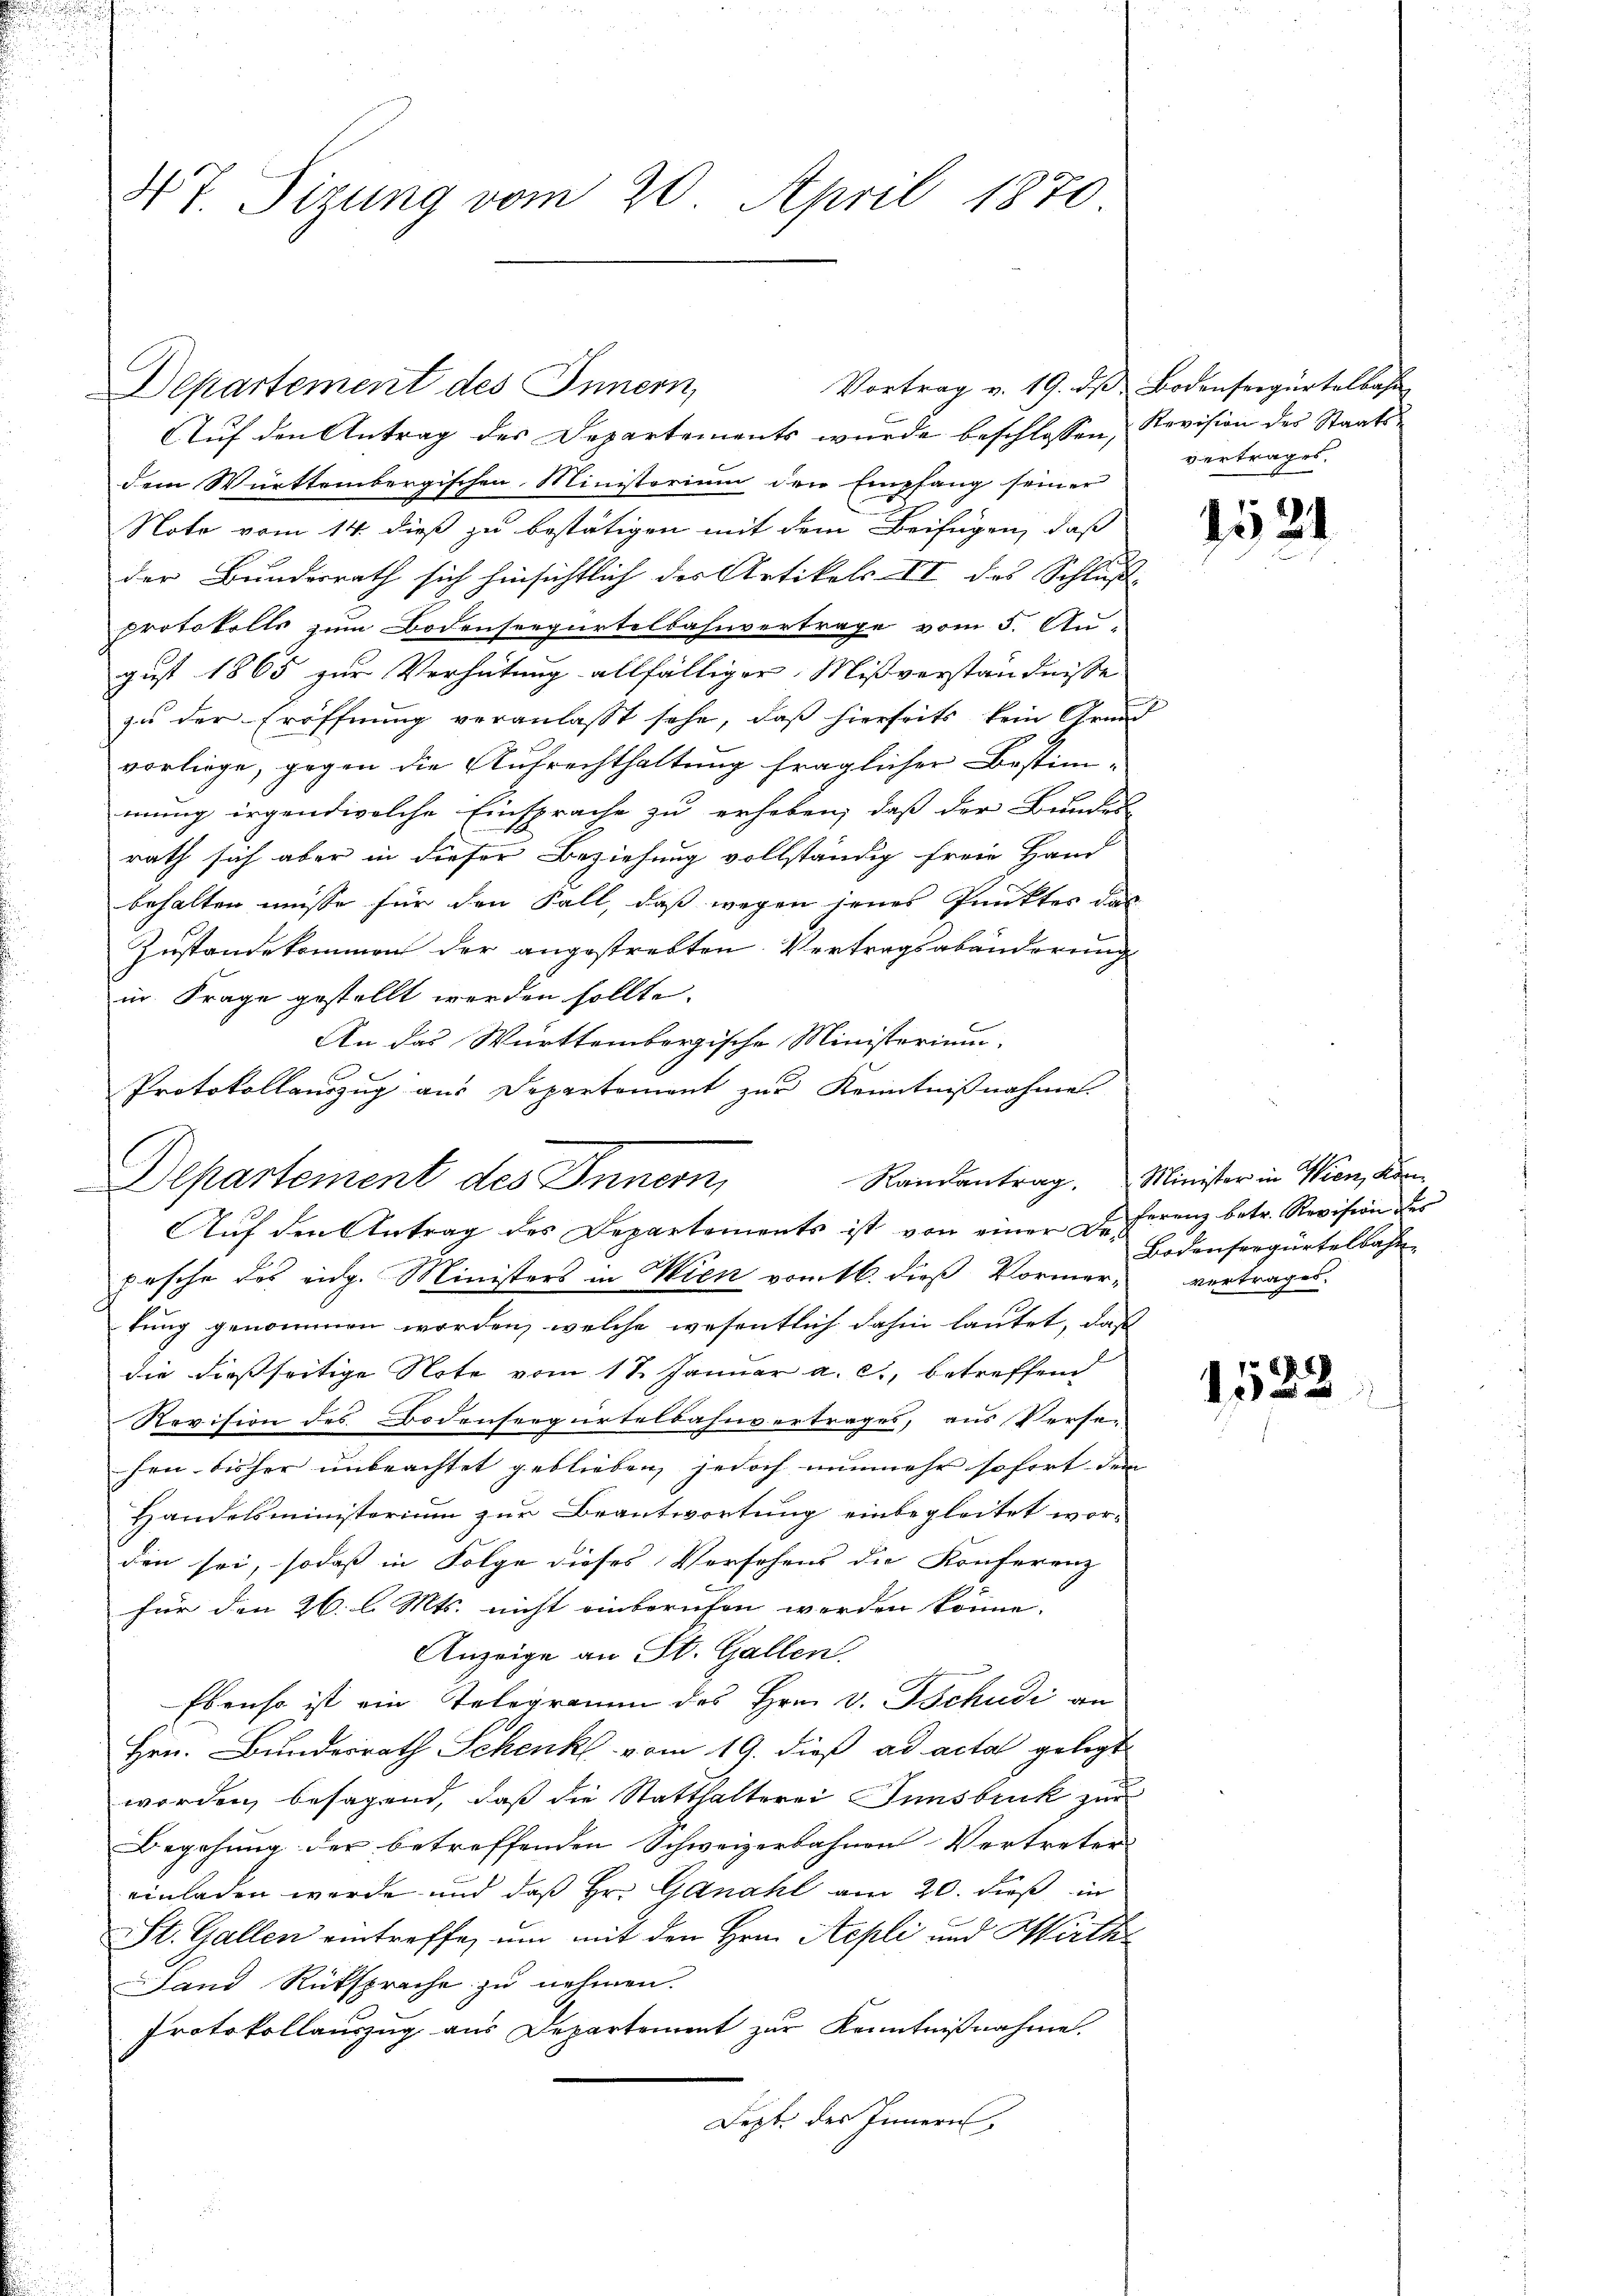
47 Sizung vom 20. April 1870

Auf den Antrag des Departements wurde beschlossen, Revision der Staatsdem Württembergischen Ministorium der Empfang seiner
Note vom 14. dieß zu bestätigen mit dem Beifügen, daß
der Bundesrath sich hinsichtlich der Artikels II des Schluße
protokolls zum Bodenseegürtelbahnvertrage vom 5. Au-
gust 1865 zur Verhütung allfälliger Mißverständnisse
zu der Eröffnung veranlasst sehe, daß hierseits kein Grund
vorliege, gegen die Aufrechthaltung fraglicher Bestimmung irgendwelche Einsprache zu erheben, daß der Bundes-
rath sich aber in dieser Beziehung vollständig freie Hand
behalten müsse für den Fall, daß wegen jenes Punktes der
Zustandekommen der angestrebten Vertragsabänderung
ir Frage gestellt werden sollte.
An das Württembergische Ministerium,
Protokollauszug aus Departement zur Kenntnißnahme.
Departement des Innern,
pesche des eidg. Ministers in Wien vom 16. dieß Vormer, vertragen.
tung genommen worden, welche wesentlich dahin lautet, dass
die dießseitige Note vom 17. Januar a. c., betreffend
Revision des Bodenseegürtelbahnvertrages, aus Verse-
hen bisher unbeachtet geblieben, jedoch nunmehr sofort dem |
Handelsministerium zur Beantwortung einbegleitet wor-
den sei, sodaß in Folge dieses Versehens die Konferenz
für den 26. l. Mts. nicht einberufen werden könne.
Anzeige an St. Gallen.
Ebenso ist ein Telegramm des Hrn. v. Tschudi an
Hrn. Bundesrath Schenk vom 19. dieß ad acta gelegt
worden, besagend, daß die Statthalterei Innsbruck zur
Begehung der betreffenden Schweizerbahnen Vertreter
einladen werde und daß Hr. Ganahl am 20. dieß, in
St. Gallen eintreffe, um mit den Hrn. Aepli und Wirth
Land Rüksprache zu nehmen.
Protokollauszug aus Departement zur Kenntnißnahme.
Dept. des Innern,

Departement des Innern,

Auf den Antrag des Departements ist von einer De¬

Vortrag v. 19. ds Bodenseegürtelbahn

vertrages.

1524
u

Randantrag. Minister in Wien, Kanferenz betr. Revision des
Bodensergürtelbahn

r
12